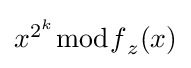
{\textstyle x^{2^{k}}{\bmod {f}}_{z}(x)}